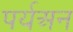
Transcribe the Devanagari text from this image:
पर्यअन